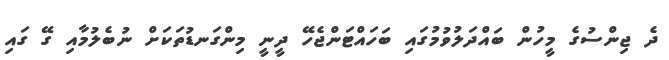
ދެ ޖިންސުގެ މީހުން ބައްދަލުވުމުގައި ބަހައްޓަންޖެހޭ ދީނީ މިންގަނޑުތަކަށް ނުބެލުމާއި ގޭ ގައި